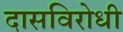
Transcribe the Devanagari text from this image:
दासविरोधी